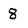
Character: 8